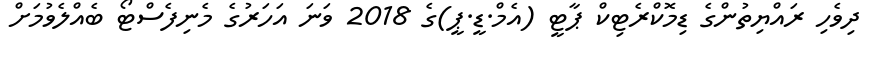
ދިވެހި ރައްޔިތުންގެ ޑިމޮކްރެޓިކް ޕާޓީ (އެމް.ޑީ.ޕީ)ގެ 2018 ވަނަ އަހަރުގެ މެނިފެސްޓޯ ބެއްލެވުމަށް